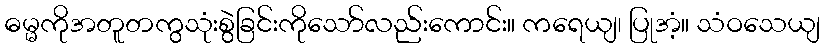
ဓမ္မကိုအတူတကွသုံးစွဲခြင်းကိုသော်လည်းကောင်း။ ကရေယျ၊ ပြုအံ့။ သံဝသေယျ